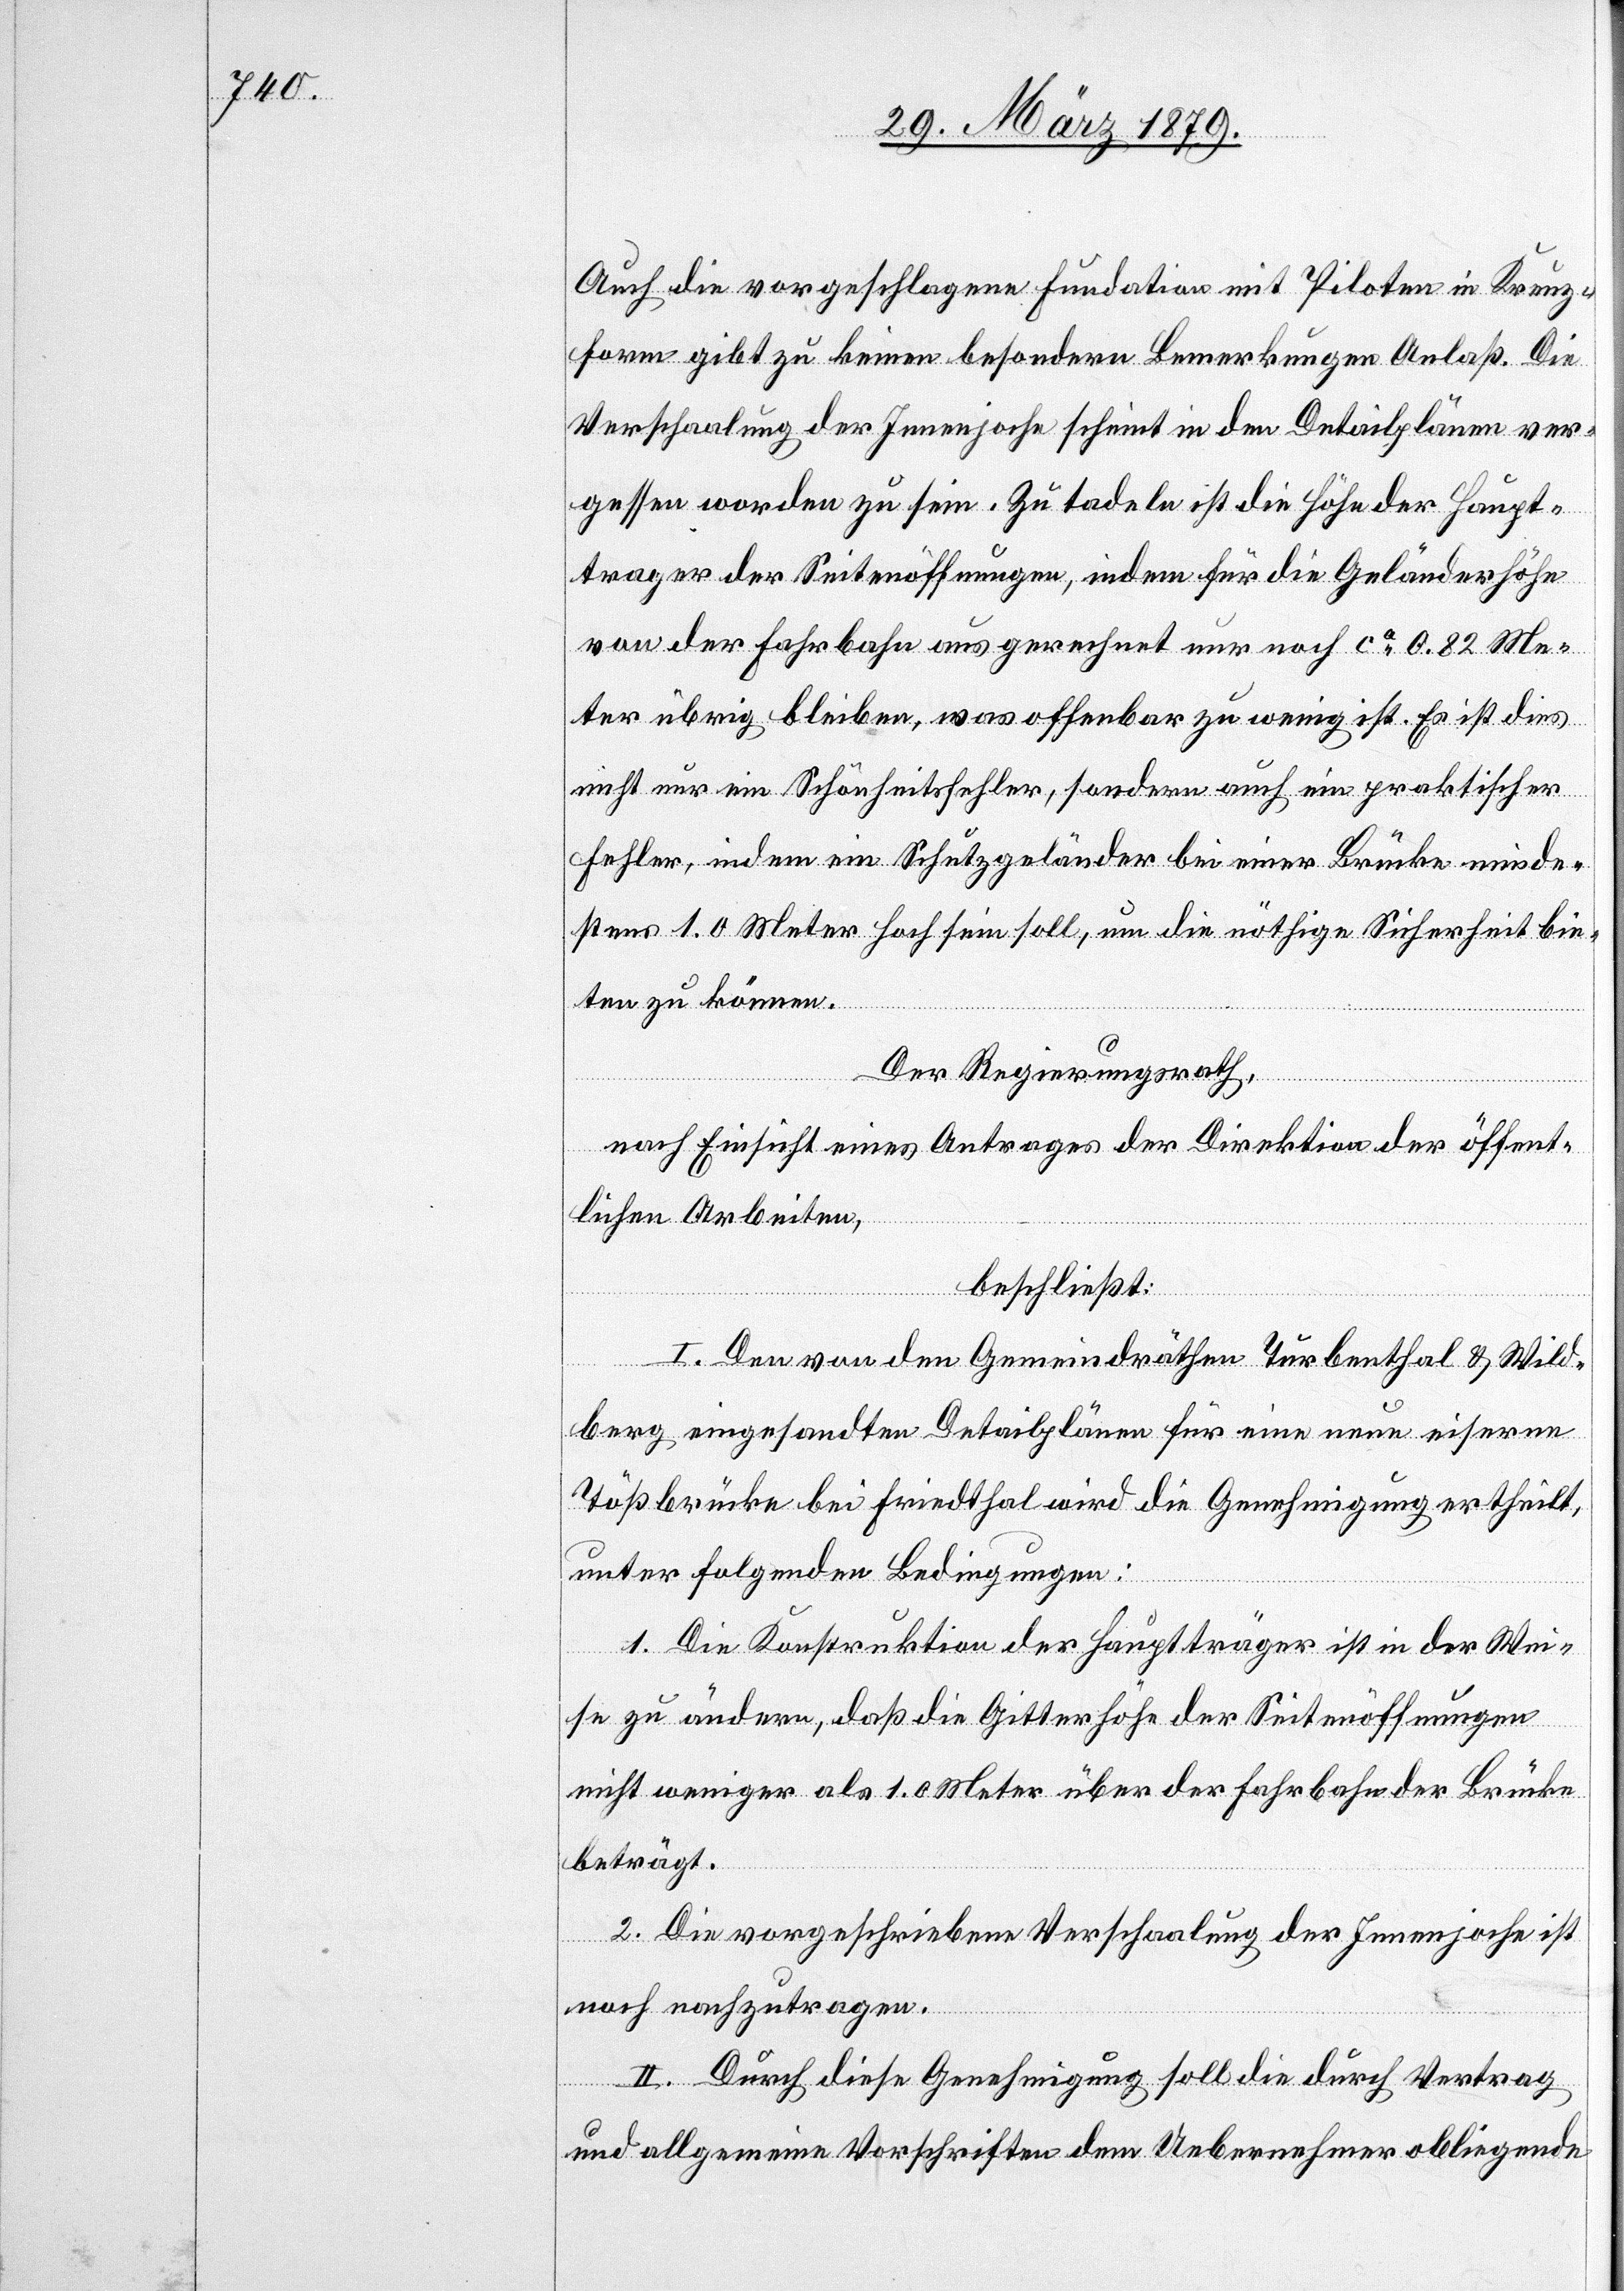
Auch die vorgeschlagene Fundation mit Piloten in Kreuz¬
form gibt zu keinen besondern Bemerkungen Anlaß. Die
Verschaalung der Innenjoche scheint in den Detailplänen ver¬
gessen worden zu sein. Zu tadeln ist die Höhe der Haupt¬
träger der Seitenöffnungen, indem für die Geländerhöhe
von der Fahrbahn aus gerechnet nur noch ca 0.82 Me¬
ter übrig bleiben, was offenbar zu wenig ist. Es ist dies
nicht nur ein Schönheitsfehler, sondern auch ein praktischer
Fehler, indem ein Schutzgeländer bei einer Brücke minde¬
stens 1.0 Meter hoch sein soll, um die nöthige Sicherheit bie¬
ten zu können.
Der Regierungsrath,
nach Einsicht eines Antrages der Direktion der öffent¬
lichen Arbeiten,
beschließt:
I. Den von den Gemeindräthen Turbenthal & Wild¬
berg eingesandten Detailplänen für eine neue eiserne
Tößbrücke bei Friedthal wird die Genehmigung ertheilt,
unter folgenden Bedingungen:
tragen.
1. Die Konstruktion der Hauptträger ist in der Wei¬
se zu ändern, daß die Gitterhöhe der Seitenöffnungen
nicht weniger als 1.0 Meter über der Fahrbahn der Brücke
beträgt.
2. Die vorgeschriebene Verschaalung der Innenjoche ist
II. Durch diese Genehmigung soll die durch Vertrag
und allgemeine Vorschriften dem Uebernehmer obliegende